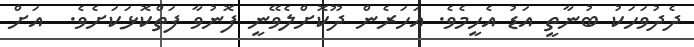
ދެދުވަހަކު ބުނާތީ އަޑު އެހީމެވެ. އަހަރެން ދޫކޮށްލެވޭނީ ފޮނުވާ ފަތްކޮޅަކަށެވެ.  އަށް